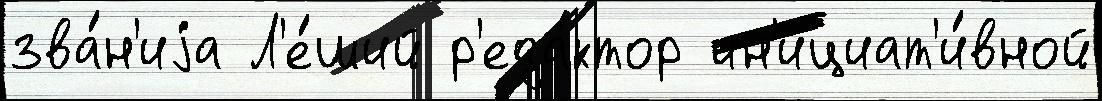
зва́н'иjа Л'е́ший р'еда́ктор ин'ициат'и́вной